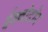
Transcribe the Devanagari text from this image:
ईक्वोदोर